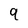
Character: 9